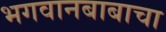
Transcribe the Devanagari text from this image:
भगवानबाबाचा